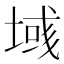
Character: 𫮓